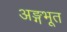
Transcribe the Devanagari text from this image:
अङ्गभूत